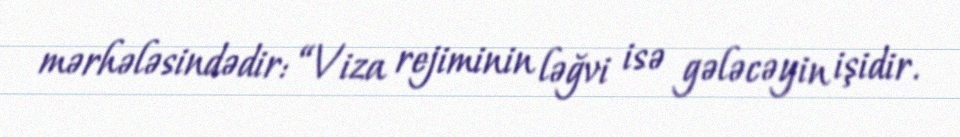
mərhələsindədir: “Viza rejiminin ləğvi isə gələcəyin işidir.